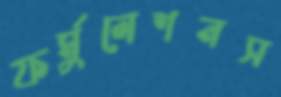
ফর্মুলেশনস